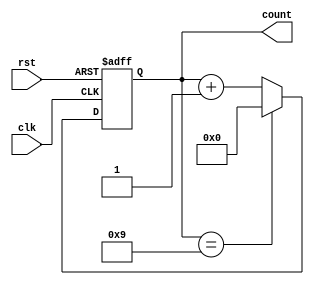
module ModulusCounter (
  input wire clk,
  input wire rst,
  output reg [7:0] count
);

  parameter MOD_VALUE = 10;
  
  always @(posedge clk or posedge rst) begin
    if (rst) begin
      count <= 8'b0;
    end else begin
      if (count == MOD_VALUE - 1) begin
        count <= 8'b0;
      end else begin
        count <= count + 1;
      end
    end
  end

endmodule